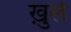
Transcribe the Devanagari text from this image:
ख़ुले